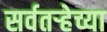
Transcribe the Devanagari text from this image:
सर्वतऱ्हेच्या